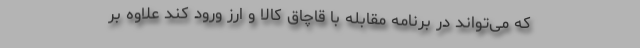
که می‌تواند در برنامه مقابله با قاچاق کالا و ارز ورود کند علاوه بر